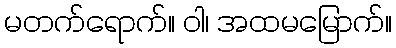
မတက်ရောက်။ ဝါ၊ အထမမြောက်။